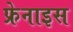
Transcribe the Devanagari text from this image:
फ्रेनाइस